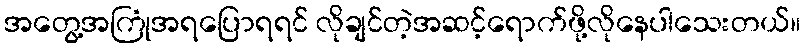
အတွေ့အကြုံအရပြောရရင် လိုချင်တဲ့အဆင့်ရောက်ဖို့လိုနေပါသေးတယ်။